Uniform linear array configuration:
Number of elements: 16
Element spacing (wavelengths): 0.25
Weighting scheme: exponential
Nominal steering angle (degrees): -15
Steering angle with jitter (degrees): -13.194
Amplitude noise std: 0.05
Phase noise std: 0.05

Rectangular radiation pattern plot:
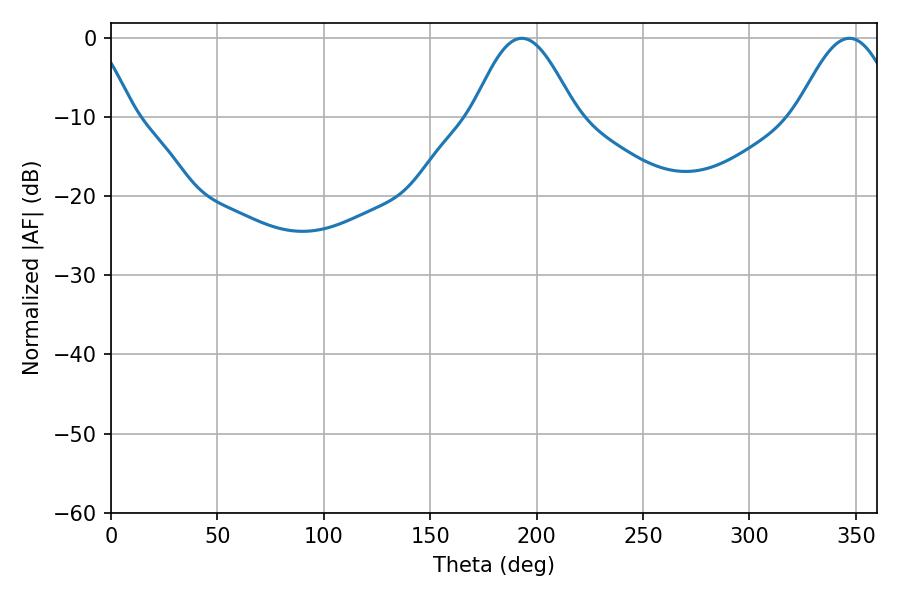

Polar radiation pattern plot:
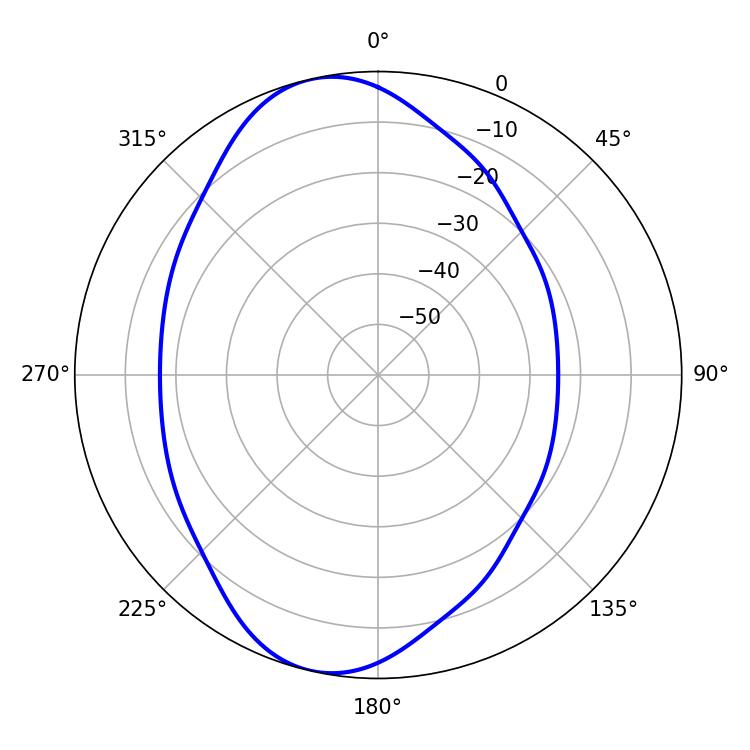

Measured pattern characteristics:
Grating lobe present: FALSE
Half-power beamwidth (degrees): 25.92
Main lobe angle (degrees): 192.96